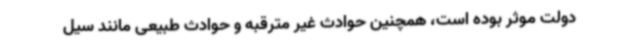
دولت موثر بوده است، همچنین حوادث غیر مترقبه و حوادث طبیعی مانند سیل